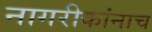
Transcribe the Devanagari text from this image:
नागरीकांनाच